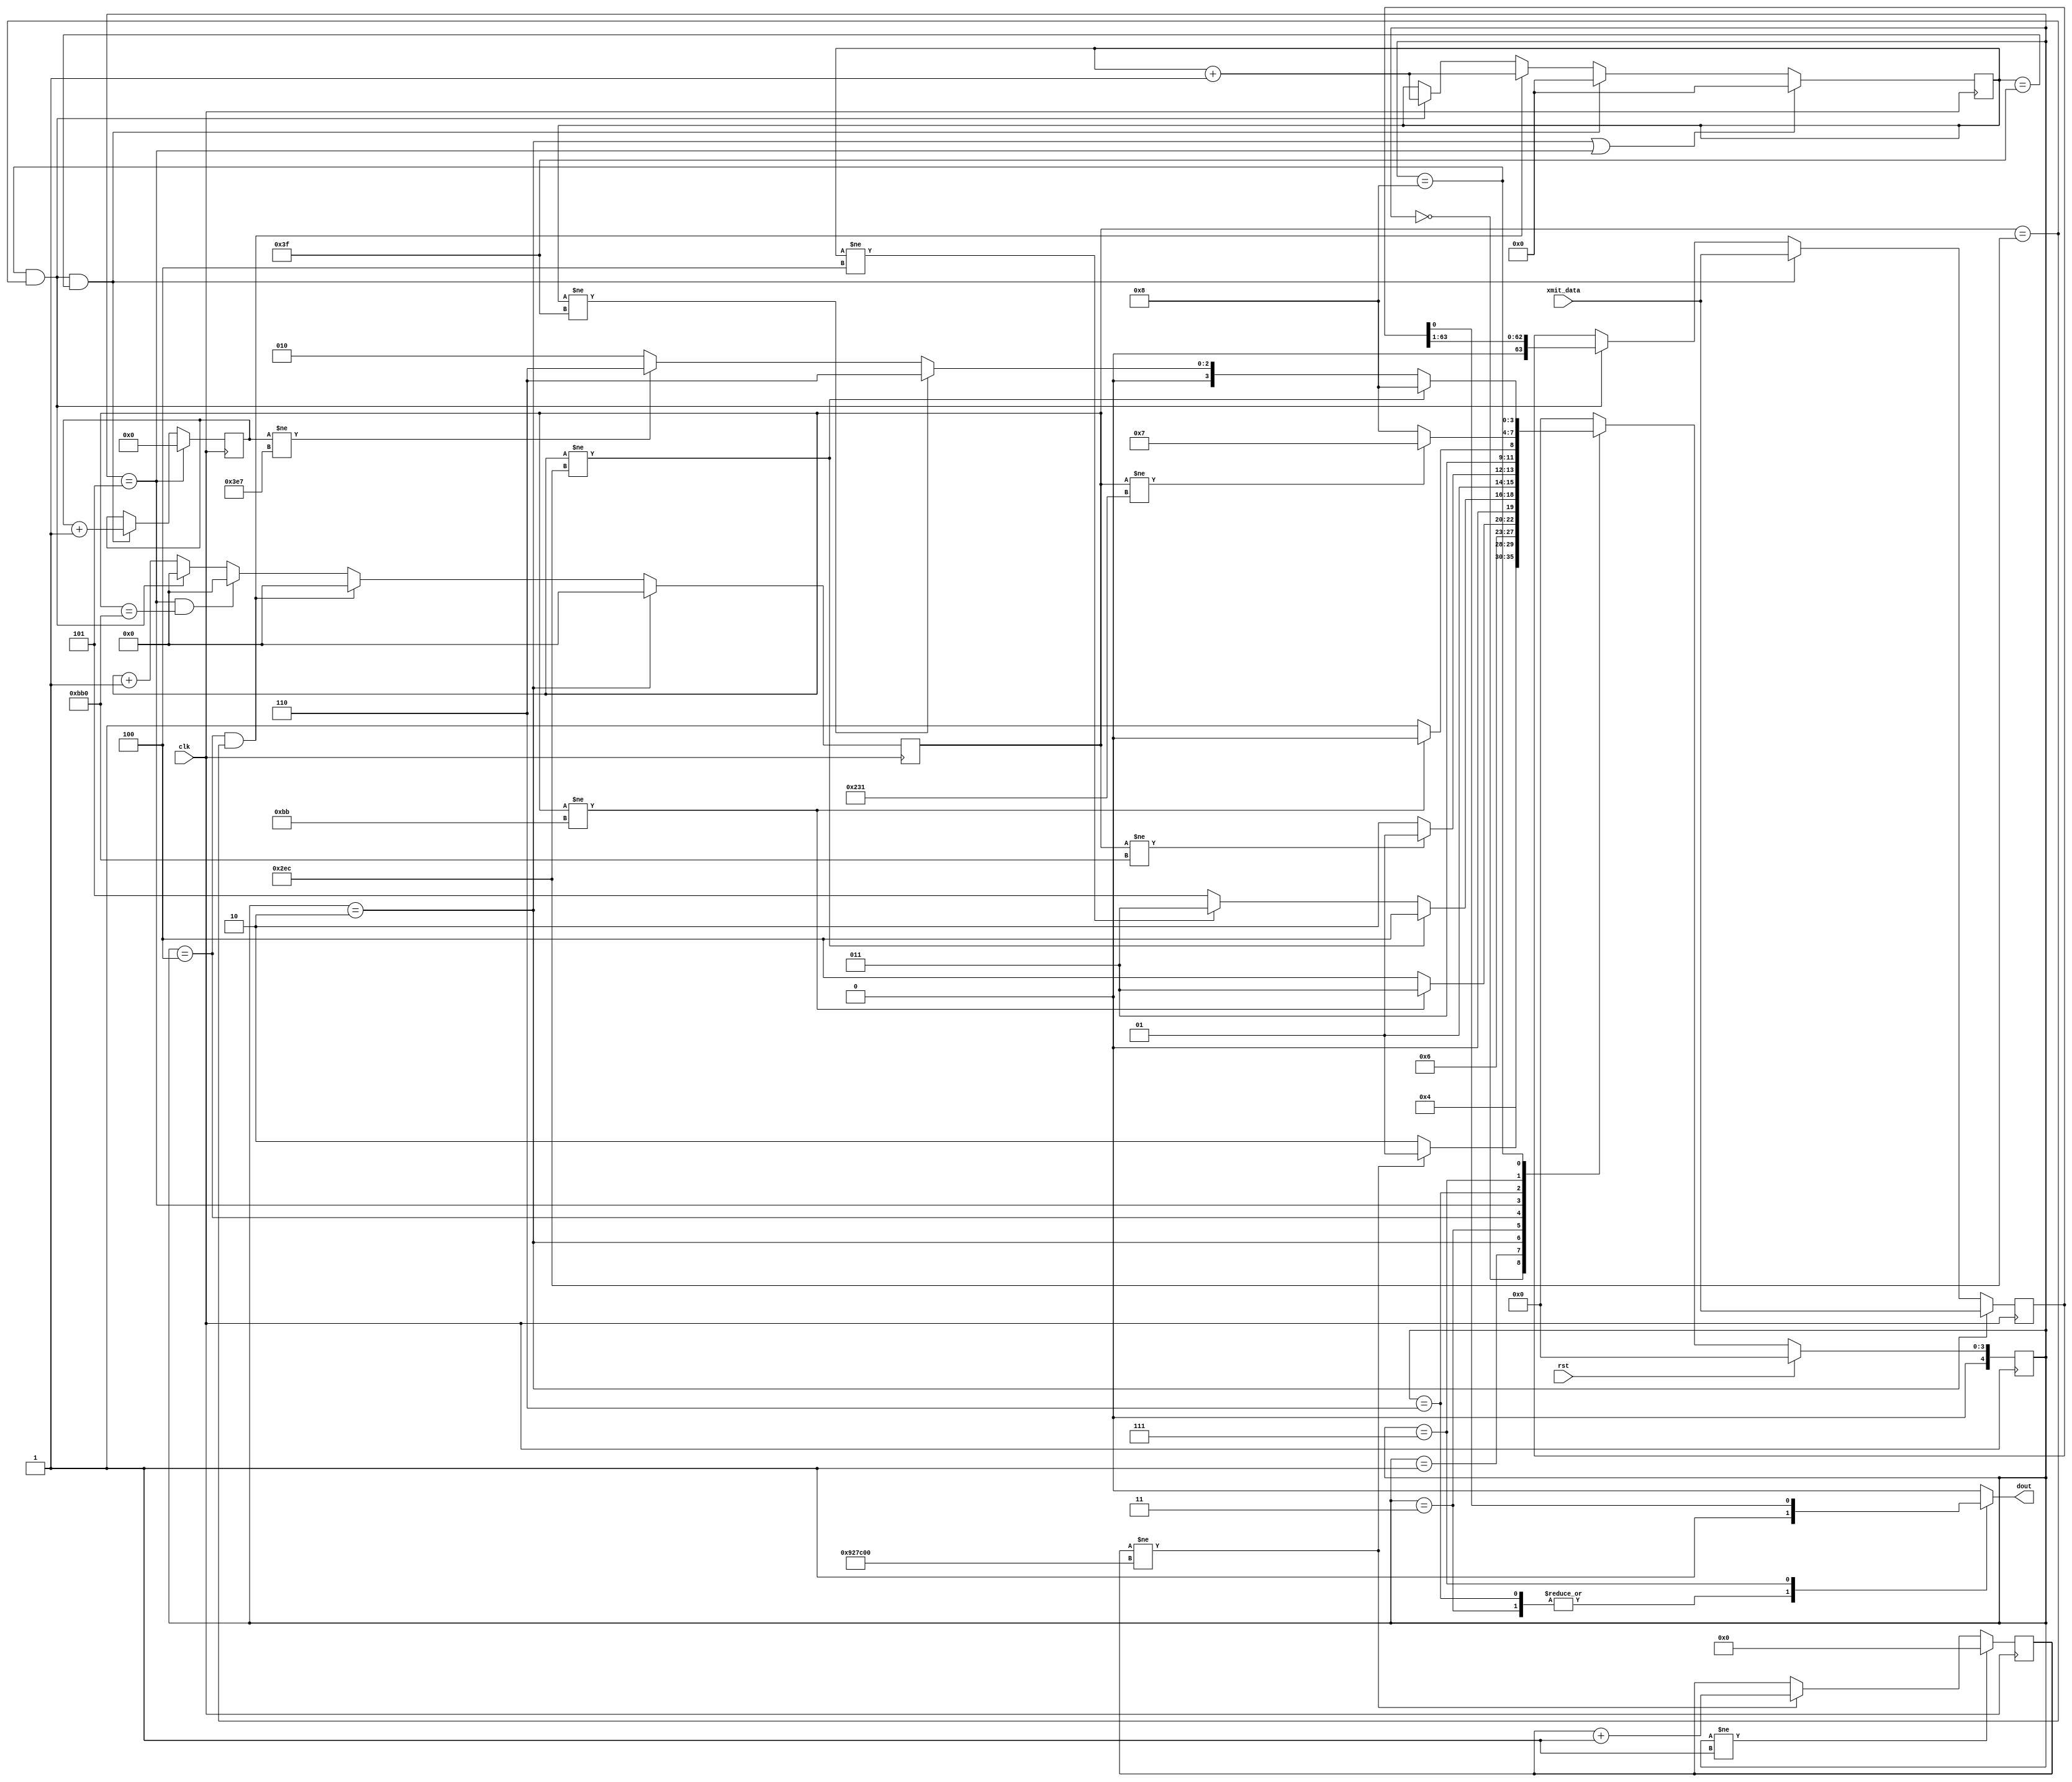
//
//  HPSDR - High Performance Software Defined Radio
//
//  Metis code. 
//
//  This program is free software; you can redistribute it and/or modify
//  it under the terms of the GNU General Public License as published by
//  the Free Software Foundation; either version 2 of the License, or
//  (at your option) any later version.
//
//  This program is distributed in the hope that it will be useful,
//  but WITHOUT ANY WARRANTY; without even the implied warranty of
//  MERCHANTABILITY or FITNESS FOR A PARTICULAR PURPOSE.  See the
//  GNU General Public License for more details.
//
//  You should have received a copy of the GNU General Public License
//  along with this program; if not, write to the Free Software
//  Foundation, Inc., 59 Temple Place, Suite 330, Boston, MA  02111-1307  USA



//  OneWire_xmit - copyright 2010, 2011 Kirk Weedman KD7IRS



/*
 Simple OneWire data transfers

 Kirk Weedman

 Feb. 29, 2009

 Concept:
   Transfer data across 1 wire between FPGAs

 Method:
    DLY_TIME: time signal held low after reset occurs
    SYNC_BITS: 5 "logic 0's" transmitted once every FRAME_FREQ DATA_BITS
    DATA_BITS: Number of "logic 0" or "logic 1" bits occuring after SYNC_BITS:
    FRAME_FREQ: Number of times DATA_BITS are repeatedly sent before sending SYNC_BITS again, etc..
    FRAME: SYNC_BITS, low on DOUT for more than 4*TB, followed by DATA_BITS repeated FRAME_FREQ times
    TB: Amount of time it takes to transmit a "logic 0" or logic 1"

    After reset, the DOUT signal is held low for DLY_TIME, followed by SYNC_BITS, then followed by
    a low for greater than the length of 4 TB time periods (signaling an auto resync), then
    followed by DATA_BITS which repeat FRAME_FREQ times or until another reset occurs.

                +---+           +
    SYNC_BIT ---+   +---+---+---+  "logic 0"
                |<----- TB ---->|

                +---+---+---+   +
             ---+           +---+  "logic 1"

    To determine of a bit is a logic 0 or 1:
       1. Use a sampling clock at least 8 times faster than 1/TB.
       2. Calculate the number of sampling clocks (N) for one SYNC_BIT by averaging
          the time for all the SYNC_BITS
       3. Divide N by 2 = M
       4. At M sampling clocks after the beginning of a DATA_BIT, sample the signal
          and determine if its a logic 1 or 0

                           +-+     +-+     +-+     +-+     +-+
  DOUT --------------------+ +-+-+-+ +-+-+-+ +-+-+-+ +-+-+-+ +-+-+-+-----------------------------------
       |<---- DLY_TIME---->|<----- 5 "logic 0's" ----------------->|<---low greater than 2 bits of time

       followd by DATA_BITS made of "logic 1's" and/or "logic 0's" which are repeated FRAME_FREQ times

*/
`timescale 1ns/100ps

module onewire_xmit (rst, clk, xmit_data, dout);

parameter CLK_FREQ   = 48000000; // Frequency in Hz of clk
parameter DLY_TIME   = 200;      // dealy time after reset (in milliseconds)
parameter SYNC_BITS  = 5;        // Number of "logic 0" sync bits used by receiver to determine TB
parameter DATA_BITS  = 64;       // Number of data bits (logic 0 or 1) to transmit
parameter FRAME_FREQ = 1000;     // frequency in Hz of each complete DATA_BITs transmission
parameter TPD        = 1.3;

parameter NUM_DLY_CLKS = CLK_FREQ/1000 * DLY_TIME;
//localparam NUM_DLY_CLKS = CLK_FREQ/1000 * DLY_TIME;
localparam XS    = clogb2(DATA_BITS-1);
localparam FS    = clogb2(FRAME_FREQ-1);
localparam DS    = clogb2(NUM_DLY_CLKS-1);
localparam Q1    = CLK_FREQ/FRAME_FREQ/DATA_BITS/4;
localparam Q123  = 3*Q1;
localparam Q1234 = 4*Q1;
localparam LOW_TIME = 4*Q1234;
localparam QS    = clogb2(LOW_TIME-1);

input  wire                 rst;        // reset signal
input  wire                 clk;        // high speed sampling clock
input  wire [DATA_BITS-1:0] xmit_data;
output reg                  dout;

// local registers
reg [4:0] OW_state;
reg [4:0] OW_state_next;

reg        [DS-1:0] dly_cnt;
reg        [QS-1:0] bcnt;
reg [DATA_BITS-1:0] xd;
reg        [XS-1:0] data_cnt;
reg        [FS-1:0] frame_cnt;

localparam OW_IDLE     = 0,
           OW_DLY      = 1,
           OW_FRAME    = 2,
           OW_SYNC_H   = 3,
           OW_SYNC_L   = 4,
           OW_LOW      = 5,
           OW_DATA_Q1  = 6,
           OW_DATA_Q23 = 7,
           OW_DATA_Q4  = 8;

always @(posedge clk)
begin
  if (OW_state != OW_DLY)
    dly_cnt <= #TPD 1'b0;
  else if (dly_cnt != NUM_DLY_CLKS)
    dly_cnt <= #TPD dly_cnt + 1'b1;

  if (OW_state == OW_FRAME)
    bcnt <= #TPD 1'b0;
  else if ((OW_state == OW_SYNC_L) && (bcnt == Q1234))
    bcnt <= #TPD 1'b0;
  else if ((OW_state == OW_LOW) && (bcnt == LOW_TIME))
    bcnt <= #TPD 1'b0;
  else if ((OW_state == OW_DATA_Q4) && (bcnt == Q1234))
    bcnt <= #TPD 1'b0;
  else
    bcnt <= #TPD bcnt + 1'b1;

  if (OW_state == OW_FRAME)
    xd <= #TPD xmit_data;
  else if ((OW_state == OW_DATA_Q4) && (bcnt == Q1234) && (data_cnt == (DATA_BITS-1)))
    xd <= #TPD xmit_data;
  else if ((OW_state == OW_DATA_Q4) && (bcnt == Q1234))
    xd <= #TPD xd >> 1;

  if ((OW_state == OW_FRAME) || (OW_state == OW_LOW))
    data_cnt <= #TPD 1'b0;
  else if ((OW_state == OW_DATA_Q4) && (bcnt == Q1234) && (data_cnt == (DATA_BITS-1)))
    data_cnt <= #TPD 1'b0;
  else if ((OW_state == OW_SYNC_L) && (bcnt == Q1234))
    data_cnt <= #TPD data_cnt + 1'b1;
  else if ((OW_state == OW_DATA_Q4) && (bcnt == Q1234))
    data_cnt <= #TPD data_cnt + 1'b1;

  if (OW_state == OW_LOW)
    frame_cnt <= #TPD 1'b0;
  else if ((OW_state == OW_DATA_Q4) && (bcnt == Q1234) && (data_cnt == (DATA_BITS-1)))
    frame_cnt <= #TPD frame_cnt + 1'b1;

  if (rst)
    OW_state <= #TPD OW_IDLE;
  else
    OW_state <= #TPD OW_state_next;
end


// OneWire state machine
always @*
begin
   case(OW_state)
     OW_IDLE:
     begin
       dout = 1'b0;
       OW_state_next = OW_DLY;  // Wait DLY_TIME before sending FRAMEs
     end

     OW_DLY:
     begin
       dout = 1'b0;
       if (dly_cnt != NUM_DLY_CLKS)
         OW_state_next = OW_DLY;
       else
         OW_state_next = OW_FRAME;  // send a FRAME now
     end

     OW_FRAME:
     begin
       dout = 1'b0;
       OW_state_next = OW_SYNC_H;
     end

     OW_SYNC_H: // high for 1st 1/4 of TB
     begin
       dout = 1'b1;
       if (bcnt != Q1) // 1st quarter of sync bit
         OW_state_next = OW_SYNC_H;
       else
         OW_state_next = OW_SYNC_L;
     end

     OW_SYNC_L: // low for last 3/4 of TB = "logic 0" = our sync signal
     begin
       dout = 1'b0;
        if (bcnt != Q1234) // last 3/4s of sync bit
         OW_state_next = OW_SYNC_L;
       else if (data_cnt != (SYNC_BITS-1))
         OW_state_next = OW_SYNC_H;
       else
         OW_state_next = OW_LOW;
     end

     OW_LOW: // low for 4*TB which signals an auto resync
     begin
       dout = 1'b0;
       if (bcnt != LOW_TIME)
         OW_state_next = OW_LOW;
       else
         OW_state_next = OW_DATA_Q1;
     end

     OW_DATA_Q1: // during 1st quarter of "logic n", dout = 1
     begin
       dout = 1'b1;
        if (bcnt != Q1) // 1st 1/4 of data bit
         OW_state_next = OW_DATA_Q1;
       else
         OW_state_next = OW_DATA_Q23;
     end

     OW_DATA_Q23: // during 2nd & 3rd quarter of "logic n", dout = n
     begin
       dout = xd[0];
       if (bcnt != Q123) // 2nd and 3rd quarter of data bit
         OW_state_next = OW_DATA_Q23;
       else
         OW_state_next = OW_DATA_Q4;
     end

     OW_DATA_Q4: // during last quarter of "logic n", dout = 0
     begin
       dout = 1'b0;
       if (bcnt != Q1234)
         OW_state_next = OW_DATA_Q4;   // haven't finished sending this data bit
       else if (data_cnt != (DATA_BITS-1))
         OW_state_next = OW_DATA_Q1;   // this data bit has finished, but not all the DATA_BITS have been sent
       else if (frame_cnt != (FRAME_FREQ-1))
         OW_state_next = OW_DATA_Q1;   // all the DATA_BITS have been sent, now repeat them FRAME_FREQ times
       else
         OW_state_next = OW_FRAME;     // all the DATA_BITS have been repeated for the frame, now repeat the frame
     end

     default:
     begin
       dout = 1'b0;
       OW_state_next = OW_IDLE;
     end
   endcase
end

function integer clogb2;
input [31:0] depth;
begin
  for(clogb2=0; depth>0; clogb2=clogb2+1)
  depth = depth >> 1;
end
endfunction

endmodule